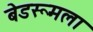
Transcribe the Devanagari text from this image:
बेडरूमला